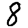
Digit: 8